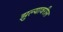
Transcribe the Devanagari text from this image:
झुल्यावरील